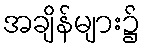
အချိန်များ၌